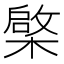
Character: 𣘼